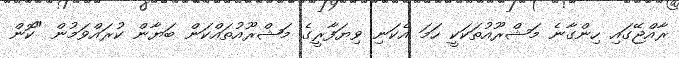
ރާއްޖޭގައި ހިންގާނެ މަޝްރޫއުތަކަކީ ހަމަ އެކަނި ވިޔަފާރީގެ މަޝްރޫއުތައްކަން ބަޔާން ކުރައްވަމުން "ކޮން